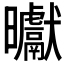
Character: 𭨓